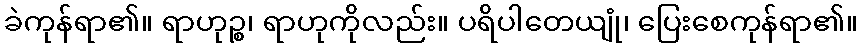
ခဲကုန်ရာ၏။ ရာဟုဉ္စ၊ ရာဟုကိုလည်း။ ပရိပါတေယျုံ၊ ပြေးစေကုန်ရာ၏။